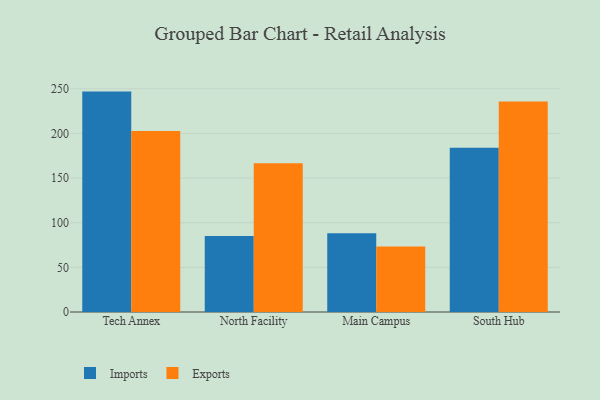
{"axis": {"x": "Campus", "y": "Active Users"}, "legend": ["Exports", "Imports"], "data": [{"x": "Tech Annex", "y": 246.8, "type": "Imports"}, {"x": "Tech Annex", "y": 202.6, "type": "Exports"}, {"x": "North Facility", "y": 85.1, "type": "Imports"}, {"x": "North Facility", "y": 166.5, "type": "Exports"}, {"x": "Main Campus", "y": 88.2, "type": "Imports"}, {"x": "Main Campus", "y": 73.4, "type": "Exports"}, {"x": "South Hub", "y": 184.0, "type": "Imports"}, {"x": "South Hub", "y": 235.6, "type": "Exports"}]}